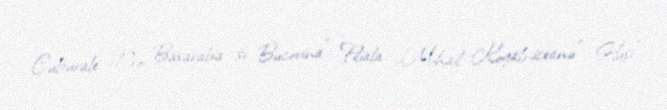
Culturale „Pro Basarabia și Bucovina”, Filiala „Mihail Kogălniceanu” Huși"